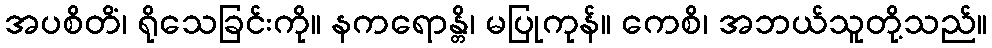
အပစိတိံ၊ ရိုသေခြင်းကို။ နကရောန္တိ၊ မပြုကုန်။ ကေစိ၊ အဘယ်သူတို့သည်။